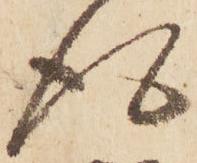
得